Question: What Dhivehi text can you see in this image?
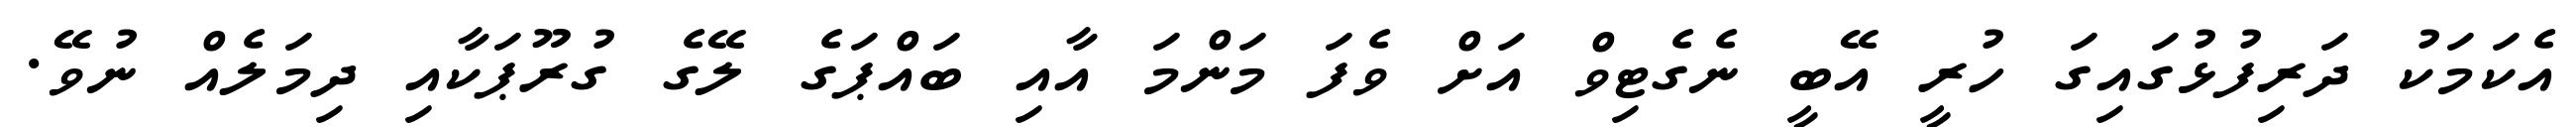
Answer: އެކަމަކު ދަރިފުޅުގައިގަ ހުރީ އޭބީ ނެގެޓިވް އަށް ވެފަ މަންމަ އާއި ބައްޕަގެ ލޭގެ ގުރޫޕަކާއި ދިމަލެއް ނުވޭ.